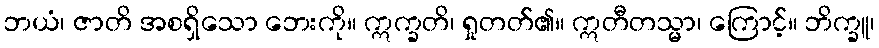
ဘယံ၊ ဇာတိ အစရှိသော ဘေးကို။ ဣက္ခတိ၊ ရှုတတ်၏။ ဣတီတသ္မာ၊ ကြောင့်။ ဘိက္ခူ၊